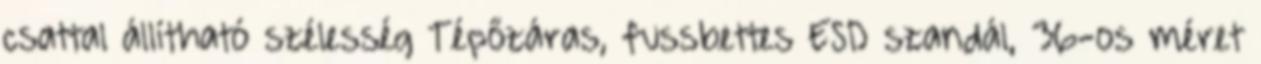
csattal állítható szélesség Tépőzáras, fussbettes ESD szandál, 36-os méret